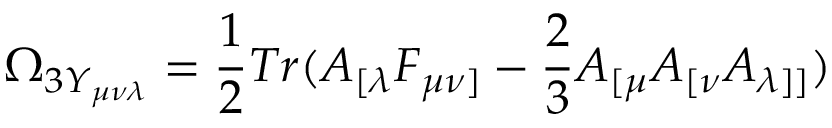
\Omega _ { 3 Y _ { \mu \nu \lambda } } = \frac { 1 } { 2 } T r ( A _ { [ \lambda } F _ { \mu \nu ] } - \frac { 2 } { 3 } A _ { [ \mu } A _ { [ \nu } A _ { \lambda ] ] } )